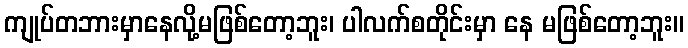
ကျုပ်တဘားမှာနေလို့မဖြစ်တော့ဘူး၊ ပါလက်စတိုင်းမှာ နေ မဖြစ်တော့ဘူး။